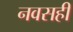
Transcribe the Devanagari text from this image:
नवसही